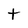
Character: t